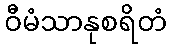
ဝီမံသာနုစရိတံ